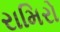
રામિરો